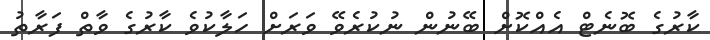
ކާރުގެ ބޮނެޓް އެއްކޮށް ބޭނުން ނުކުރެވޭ ވަރަށް ހަލާކުވެ ކާރުގެ ވާތް ފަރާތު